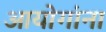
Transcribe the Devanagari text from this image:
आयोगांना